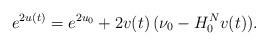
LaTeX: \begin{align*}e^{2u(t)} = e^{2u_0} + 2 v(t) \, (\nu_0 -H_0^N v(t)).\end{align*}